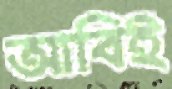
আবিই